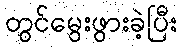
တွင်မွေးဖွားခဲ့ပြီး